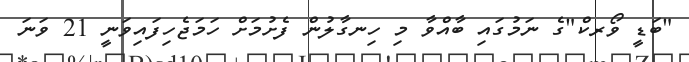
"ބަޑީ ވޯރކް"ގެ ނަމުގައި ބާއްވާ މި ހިނގާލުން ފެށުމަށް ހަމަޖެހިފައިވަނީ 21 ވަނަ